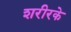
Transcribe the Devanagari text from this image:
शरीरके